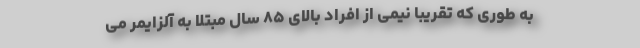
به طوری که تقریباً نیمی از افراد بالای ۸۵ سال مبتلا به آلزایمر می